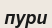
пури